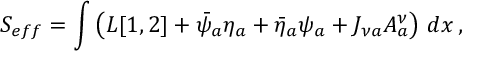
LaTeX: S _ { e f f } = \int \left( { \cal L } [ 1 , 2 ] + \bar { \psi } _ { a } \eta _ { a } + \bar { \eta } _ { a } \psi _ { a } + J _ { \nu a } A _ { a } ^ { \nu } \right) \, d x \, ,